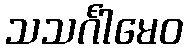
သသင်္ဂါမေဝ